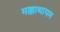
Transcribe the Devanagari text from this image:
मक्काथायम